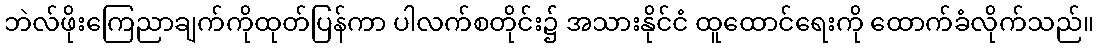
ဘဲလ်ဖိုးကြေညာချက်ကိုထုတ်ပြန်ကာ ပါလက်စတိုင်း၌ အသားနိုင်ငံ ထူထောင်ရေးကို ထောက်ခံလိုက်သည်။